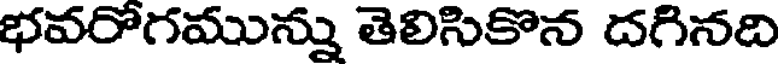
భవరోగమున్ను తెలిసికొన దగినది